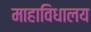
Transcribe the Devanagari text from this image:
माहाविधालय